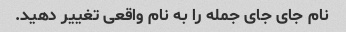
نام جای جای جمله را به نام واقعی تغییر دهید.